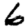
Digit: 6